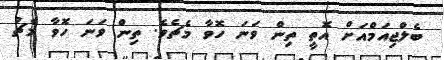
ބެލްޖިއަމްއަށް އޮތީ ތިން ވަނަ ހޮވާ މެޗެވެ. ތިން ވަނަ ހޮވާ މެޗު